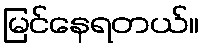
မြင်နေရတယ်။